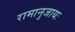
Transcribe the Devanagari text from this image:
रामानुजायः